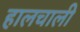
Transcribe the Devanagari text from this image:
हालचालीं